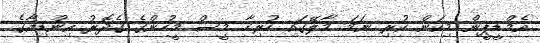
އެމްޑީޕީން މިކަން ކުރި ނަމަ މާލޭގައި ހުރިހާ މީސް މީހުންގެ ގެދޮރު އިންޑިއާގެ